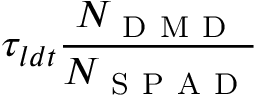
\tau _ { l d t } \frac { N _ { \mathrm { ~ D ~ M ~ D ~ } } } { N _ { \mathrm { ~ S ~ P ~ A ~ D ~ } } }